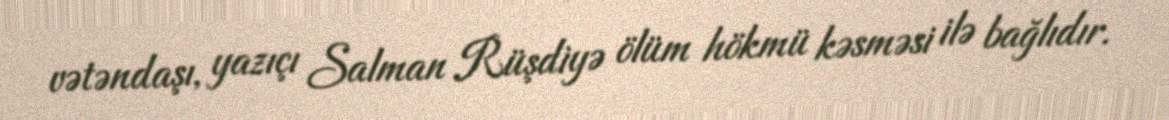
vətəndaşı, yazıçı Salman Rüşdiyə ölüm hökmü kəsməsi ilə bağlıdır.